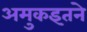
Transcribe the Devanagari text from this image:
अमुकइतने